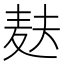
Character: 麸